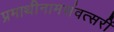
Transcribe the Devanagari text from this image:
प्रमाथीनामसंवत्सरीं